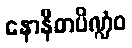
နောနီတပိဏ္ဍံဝ